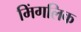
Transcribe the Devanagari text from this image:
मिंगलिक